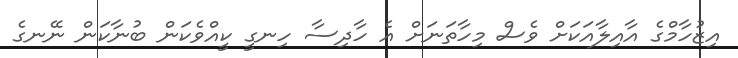
އިޒުހާމްގެ އާއިލާއަކަށް ވެސް މިހާތަނަށް އެ ހާދިސާ ހިނގީ ކީއްވެކަން ބުނާކަން ނޭނގެ